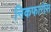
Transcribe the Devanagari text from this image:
निकफारोस